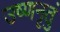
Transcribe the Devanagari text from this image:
उष्णनृतुं